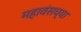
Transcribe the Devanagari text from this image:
महावंसच्या